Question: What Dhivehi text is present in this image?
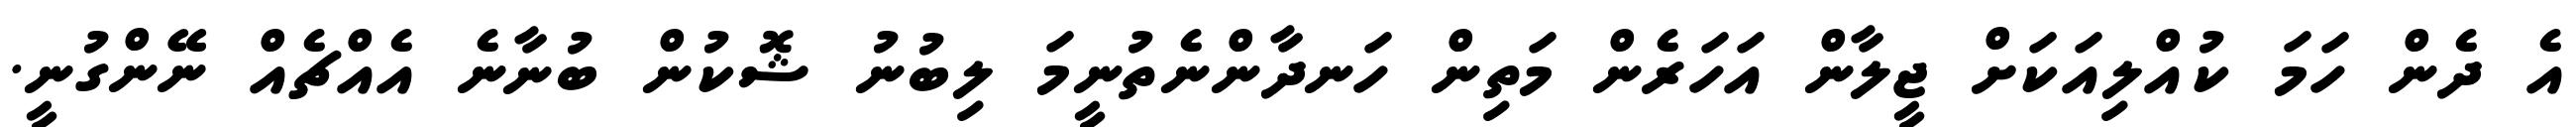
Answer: އެ ދެން ހަމަ ކުއްލިއަކަށް ޖީލާން އަހަރެން މަތިން ހަނދާންނެތުނީމަ ލިބުނު ޝޮކުން ބުނާނެ އެއްޗެއް ނޭންގުނީ.